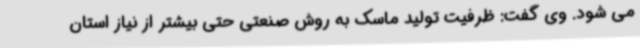
می شود. وی گفت: ظرفیت تولید ماسک به روش صنعتی حتی بیشتر از نیاز استان